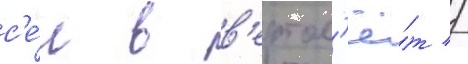
с'е́л в в'ертол'ё́т //